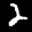
Label: 2